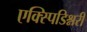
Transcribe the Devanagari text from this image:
एक्स्पिडिश्नरी